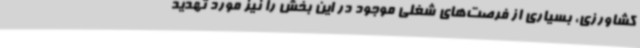
کشاورزی، بسیاری از فرصت‌های شغلی موجود در این بخش را نیز مورد تهدید